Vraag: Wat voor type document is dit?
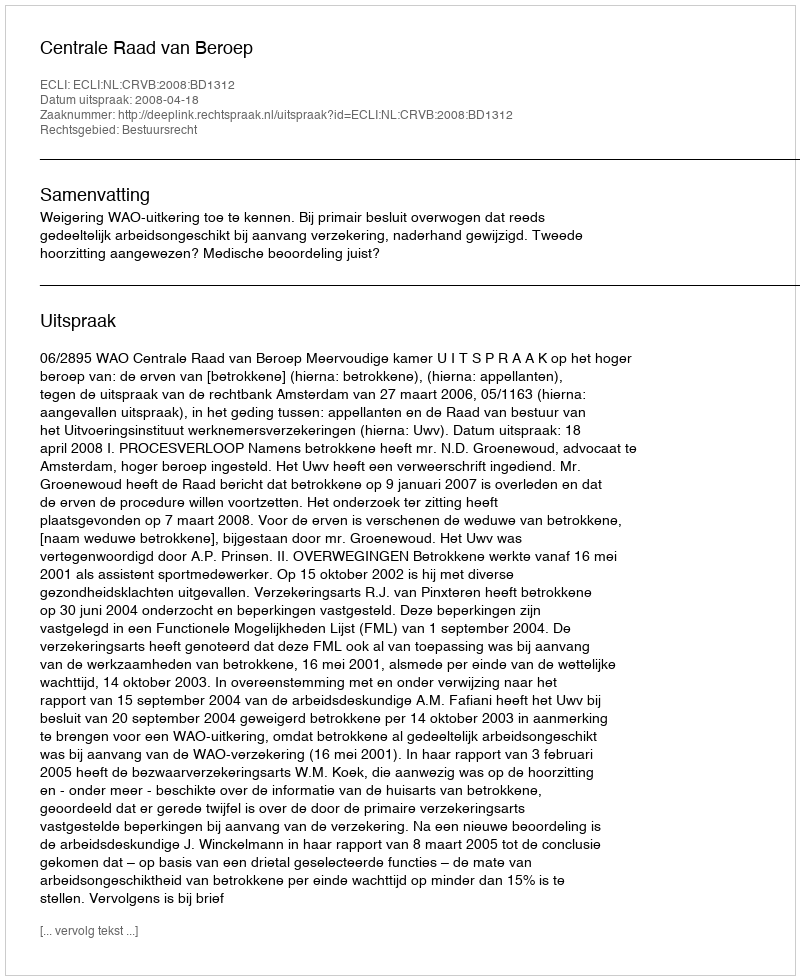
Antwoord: Uitspraak